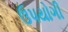
ઉપયોગી